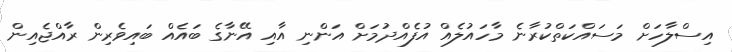
އިސްލާހަށް މަސައްކަތްކުރާނެ މާހައުލެއް އުފެއްދުމަށް އަންނި އާއި އޭނާގެ ބައެއް ބައިވެރިން ރާއްޖެއިން